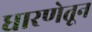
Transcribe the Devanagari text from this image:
धारणेतून